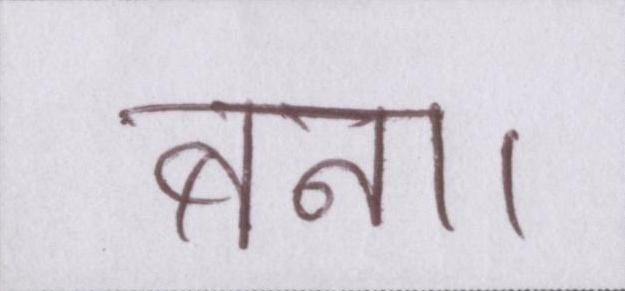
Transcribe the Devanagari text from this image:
बना।